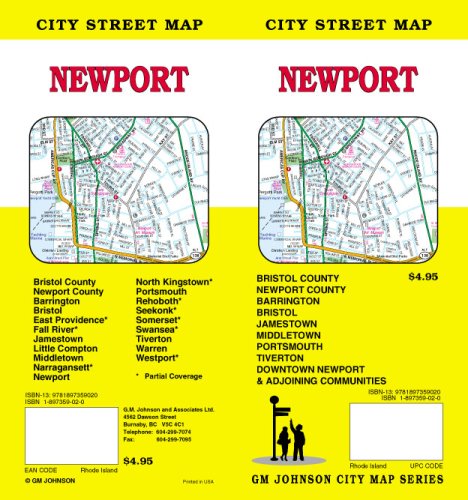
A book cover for Newport, Rhode Island Street Map; GM Johnson & Associates Ltd.; Travel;